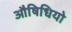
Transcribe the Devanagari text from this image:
औषिधियो